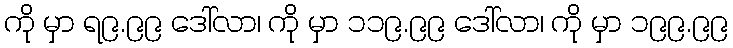
ကို မှာ ရ၉.၉၉ ဒေါ်လာ၊ ကို မှာ ၁၁၉.၉၉ ဒေါ်လာ၊ ကို မှာ ၁၉၉.၉၉